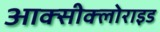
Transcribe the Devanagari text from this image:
आक्‍सीक्‍लोराइड